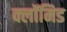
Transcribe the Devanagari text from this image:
क्लॉमिड